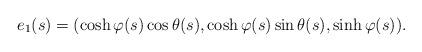
LaTeX: \begin{align*}e_1(s)=(\cosh\varphi(s)\cos\theta(s),\cosh\varphi(s)\sin\theta(s),\sinh\varphi(s)).\end{align*}